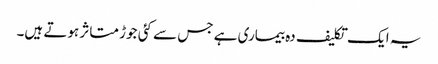
یہ ایک تکلیف دہ بیماری ہے جس سے کئی جوڑ متاثر ہوتے ہیں۔